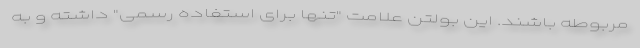
مربوطه باشند. این بولتن علامت "تنها برای استفاده رسمی" داشته و به